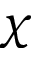
\chi